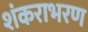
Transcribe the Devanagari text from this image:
शंकराभरण